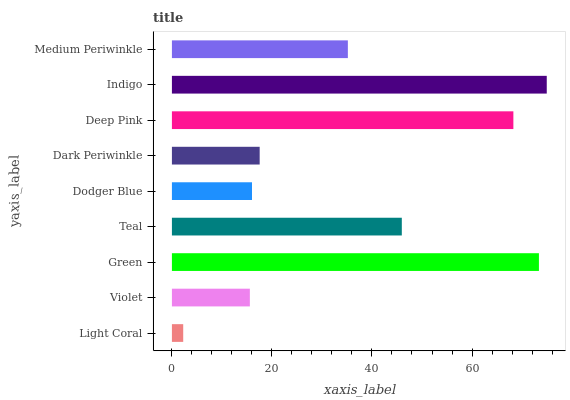
| yaxis_label | bars |
 | --- | --- |
 | Light Coral | 2.26 |
 | Violet | 15.6 |
 | Green | 73.4 |
 | Teal | 46 |
 | Dodger Blue | 16 |
 | Dark Periwinkle | 17.5 |
 | Deep Pink | 68.3 |
 | Indigo | 74.9 |
 | Medium Periwinkle | 35.2 |